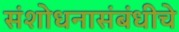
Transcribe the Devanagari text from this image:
संशोधनासंबंधीचे